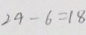
2 4 - 6 = 1 8